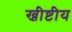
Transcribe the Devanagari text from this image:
ख्रीष्टीय